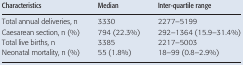
<table><thead><tr><td><b>Characteristics</b></td><td><b>Median</b></td><td><b>Inter-quartile range</b></td></tr></thead><tbody><tr><td>Total annual deliveries, n</td><td>3330</td><td>2277–5199</td></tr><tr><td>Caesarean section, n (%)</td><td>794 (22.3%)</td><td>292–1364 (15.9–31.4%)</td></tr><tr><td>Total live births, n</td><td>3385</td><td>2217–5003</td></tr><tr><td>Neonatal mortality, n (%)</td><td>55 (1.8%)</td><td>18–99 (0.8–2.9%)</td></tr></tbody></table>